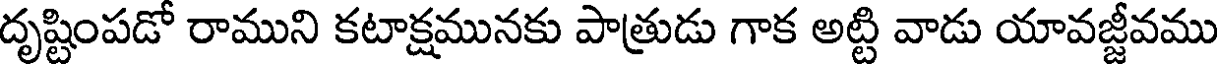
దృష్టింపడో రాముని కటాక్షమునకు పాత్రుడు గాక అట్టి వాడు యావజ్జీవము